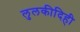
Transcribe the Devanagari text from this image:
लुलकीदिही